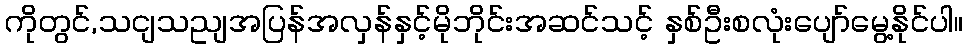
ကိုတွင်,သငျသညျအပြန်အလှန်နှင့်မိုဘိုင်းအဆင်သင့် နှစ်ဦးစလုံးပျော်မွေ့နိုင်ပါ။